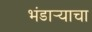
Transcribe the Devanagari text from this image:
भंडार्‍याचा